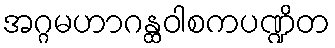
အဂ္ဂမဟာဂန္ထဝါစကပဏ္ဍိတ